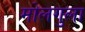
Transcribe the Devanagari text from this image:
मोलगुला